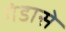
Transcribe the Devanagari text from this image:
गंडासे